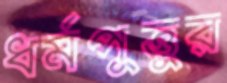
ধর্মপুত্তুর